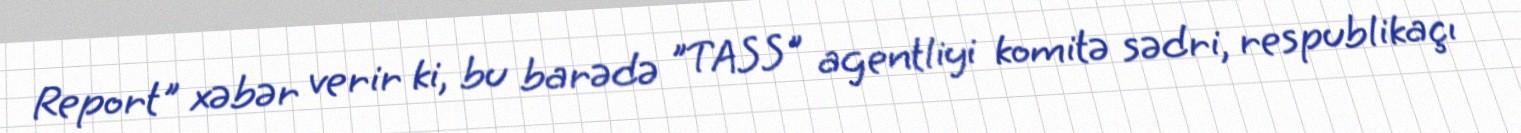
Report" xəbər verir ki, bu barədə "TASS" agentliyi komitə sədri, respublikaçı